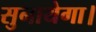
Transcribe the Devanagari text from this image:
सुनायेगा।